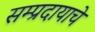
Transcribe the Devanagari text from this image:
सम्प्रदायाचे